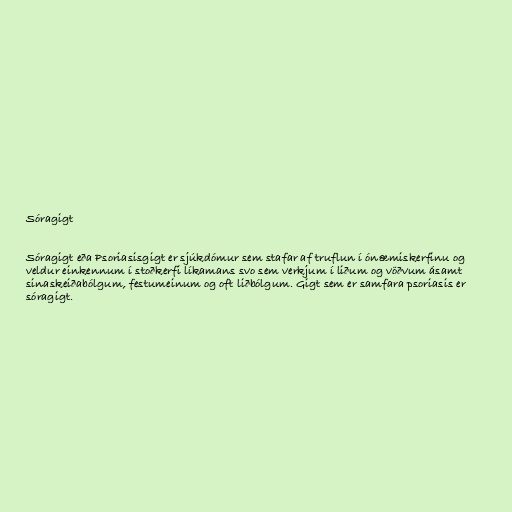
Sóragigt

Sóragigt eða Psoriasisgigt er sjúkdómur sem stafar af truflun í ónæmiskerfinu og
veldur einkennum í stoðkerfi líkamans svo sem verkjum í liðum og vöðvum ásamt
sinaskeiðabólgum, festumeinum og oft liðbólgum. Gigt sem er samfara psoriasis er
sóragigt.